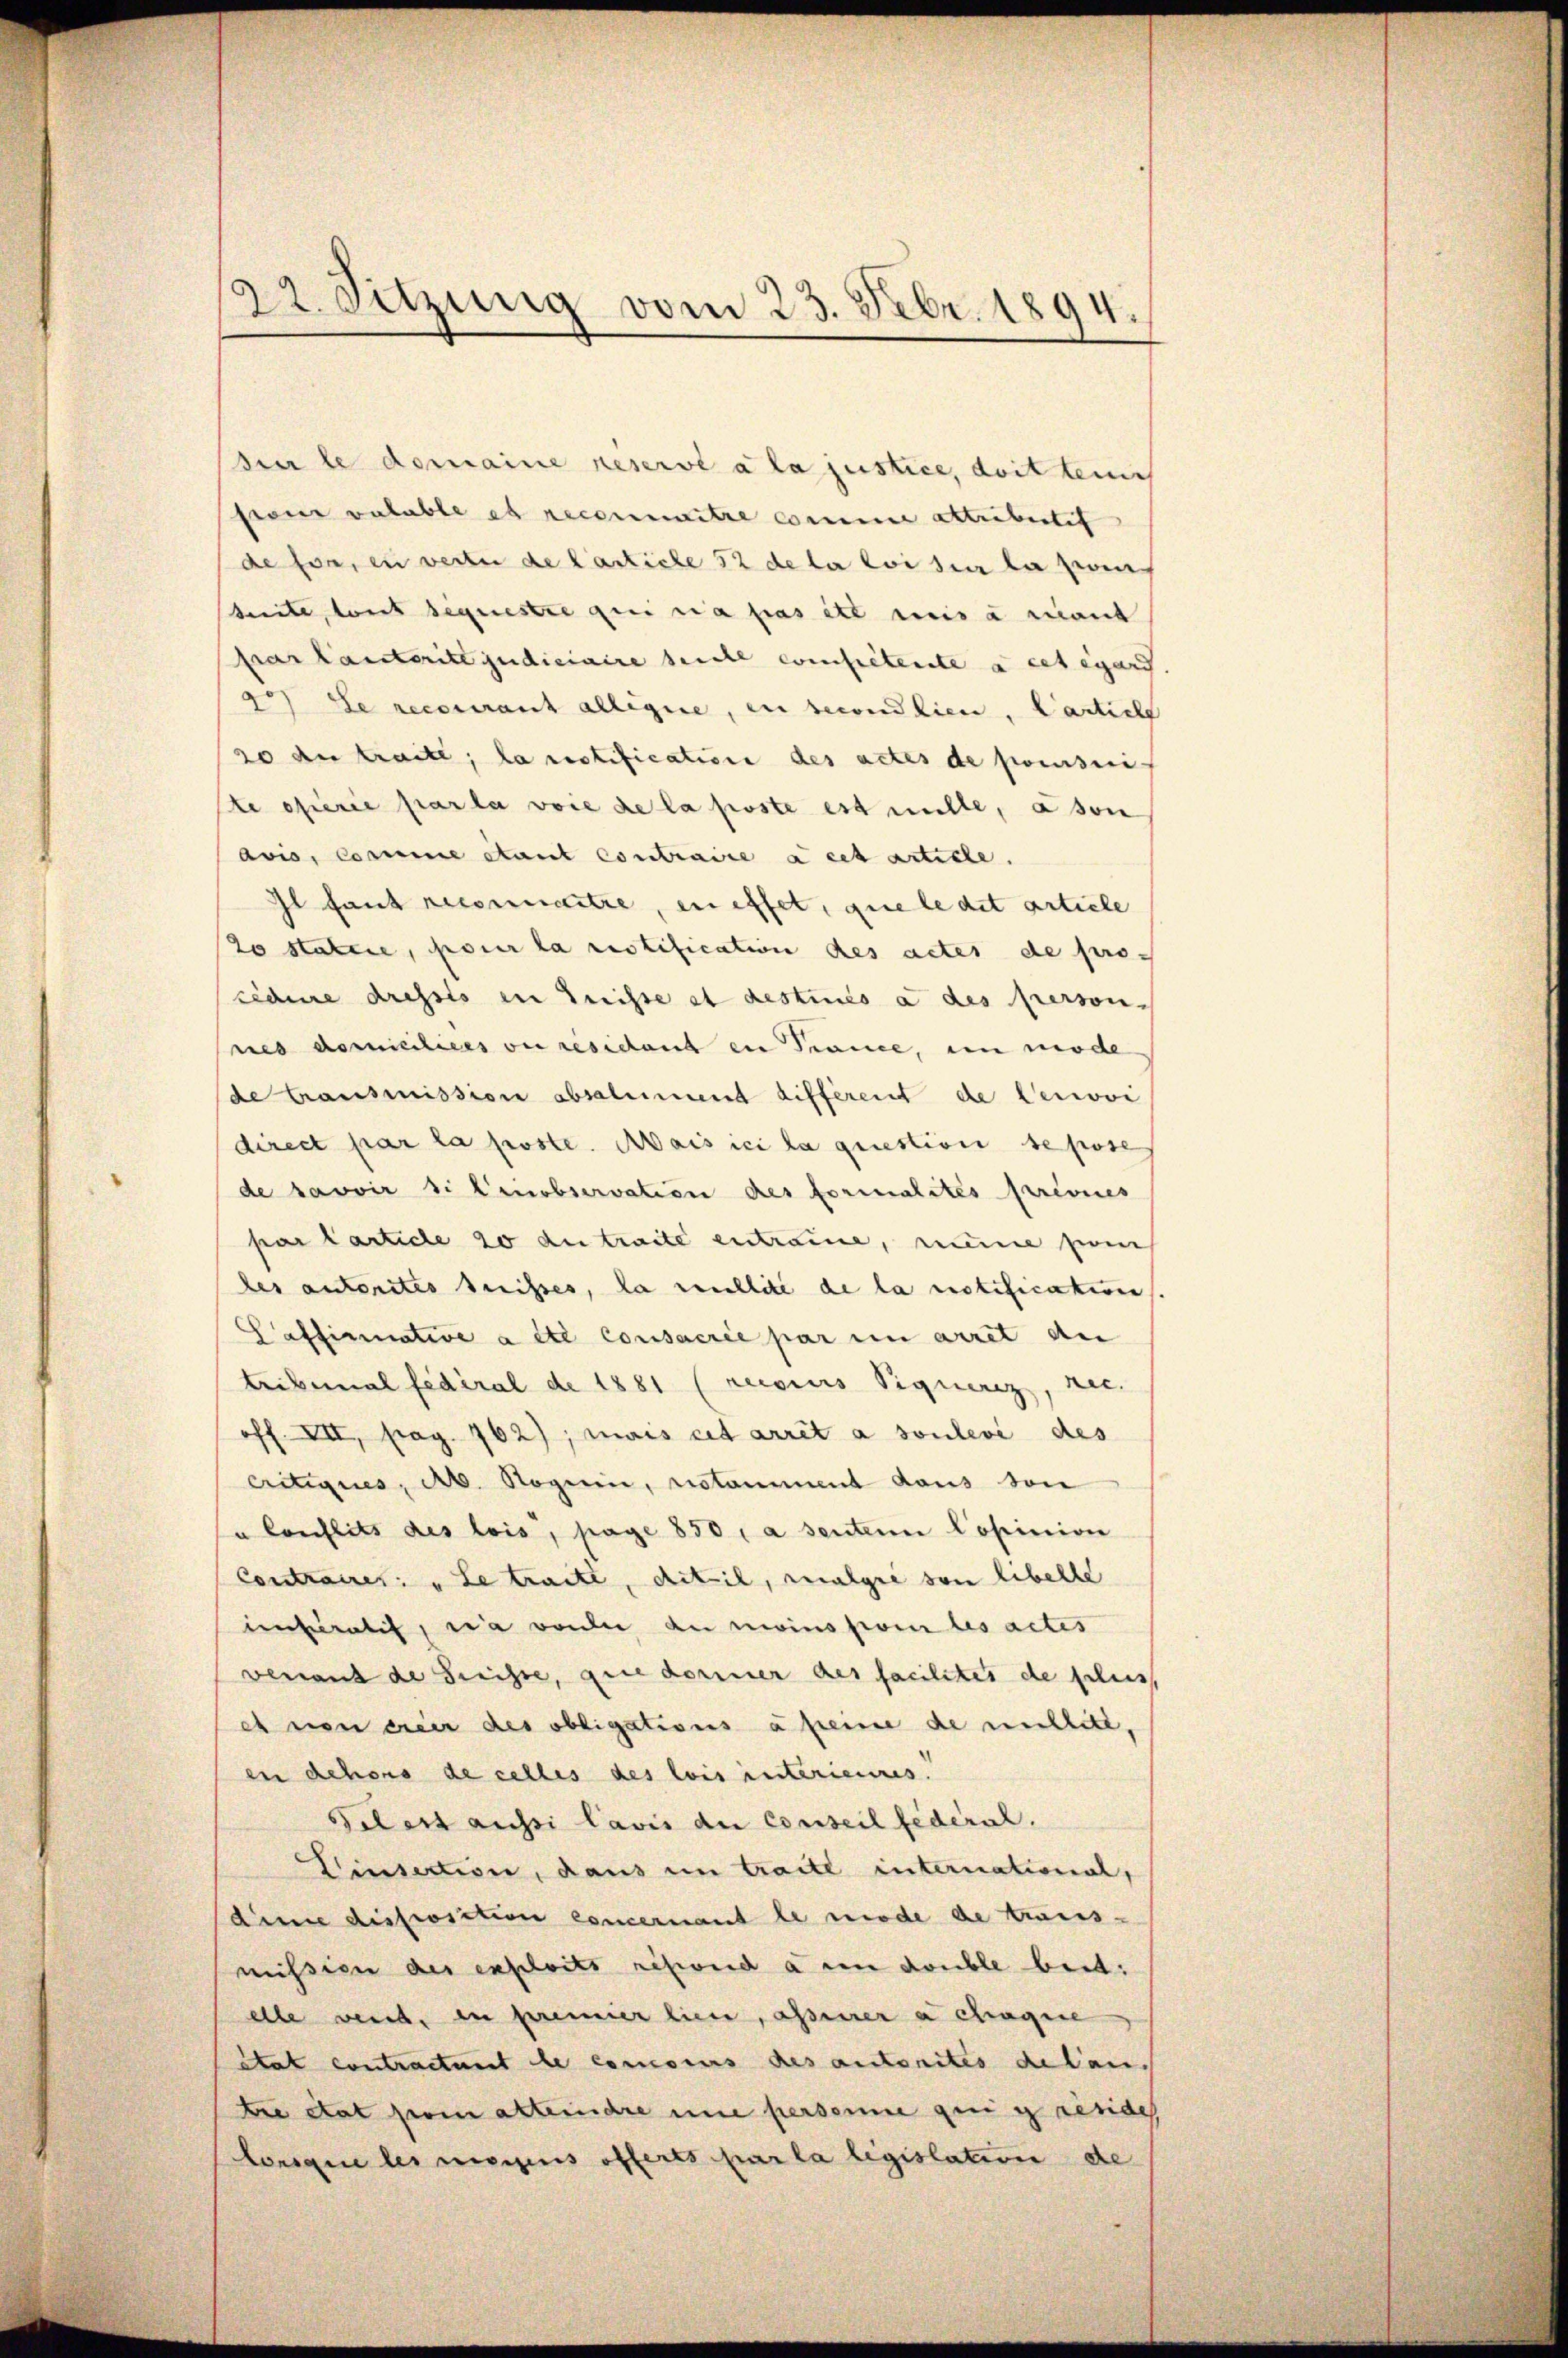
22. Setzung vom 23. Febr. 1894.

die le domaine reservé a la justice, doit tei
srone valable es reconnaitre comme attribetit
de son zu weite de Carliche 52 de la loi sie la ven
beite, tout sequestre qui a pas ist mis à nant
par lauteritt judiciaire seine competente à cet égard.
aos de recomant alligie, in secondien, Carticle
20 du traite; la restification des actes de poursui
e opferie parla voie de la poste est nulle, a son
avis, comme étant contraire à cet article.
Il faut reconnaitre, en effet, que ledit artiele
20 statire, pour la restification des actes de procedure dressis in Treisse et destinés à des person-
res domicilices ou residend in Trance, en mode
de Gransmission absolument différent de Genovi
direct par la poste. Mais ici la question se prose
de savoir si Canobservation des formalités prévues
par Carticle 10 au traite entraire, meine zwei
des autorites heisses, la roullité de la notification
Pafficinative a été consacrée par in arret an
tribunal fédéral de 1881 (reisius Piquerez, rec.
off. VII, pag. 762); mais cet arrêt a soulevé des
Critiques, ab. Regien, restamment dans von
so Conflits des lois, pag. 850, a senten Copinion
Contraires: „Le traite, diteil, malgre von libelle
intralis, wa vorde au moins vom les actes
venaus de Greisse, que dariner des facilites de plus
et von einer des obligations a freine de nullite,
en dehors de celles des lois interieures.
Sclert aussi lavis die Conseil fédéral.
Einsection, dans in traite international,
dinie disposition concernant le mode de traus-
mission des exploits refond à un double beit:
elle weist, in prenner lieu, assierer a chaque
Etat contractuent de concours des autorites de lan
tre état prom alternere une personne qui g reside
Lorsque les morgens offeres par la législation de